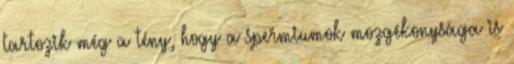
tartozik még a tény, hogy a spermiumok mozgékonysága is